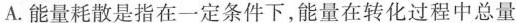
A.能量耗散是指在一定条件下，能量在转化过程中总量